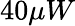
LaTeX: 40\mu W